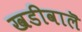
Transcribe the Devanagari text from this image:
खडीवालॆ